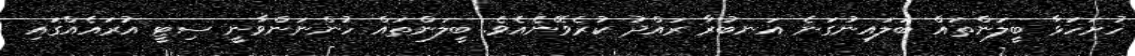
ހުށަހަޅާ ބީލަންތައް ބަލައިނުގަނެ އަނބުރާ ރައްދު ކުރެވޭނެއެވެ. ބީލަންތައް ހުންނަންވާނީ ސިޓީ އުރައެއްގައި